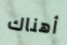
أهناك